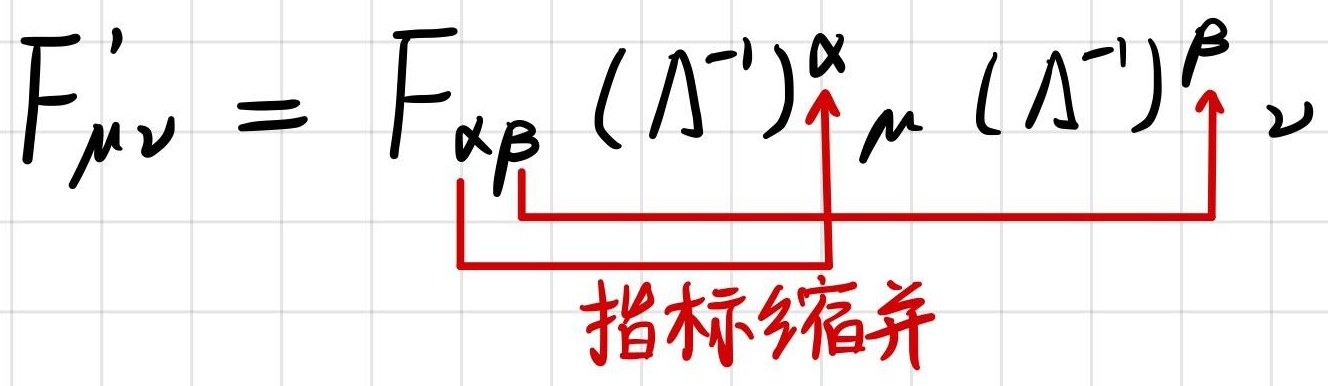
\[
F_{\mu\nu}' = F_{\alpha\beta} (\Lambda^{-1})^{\alpha}_{\ \mu} (\Lambda^{-1})^{\beta}_{\ \nu}
\]
指标缩并